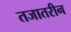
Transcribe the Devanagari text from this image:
तजातरीन